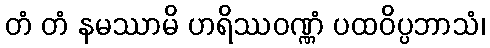
တံ တံ နမဿာမိ ဟရိဿဝဏ္ဏံ ပထဝိပ္ပဘာသံ၊